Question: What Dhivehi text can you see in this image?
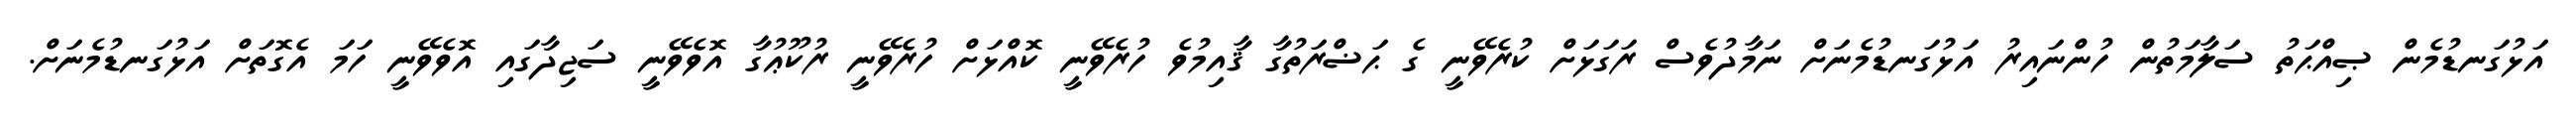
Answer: އަޅުގަނޑުމެން ޞިއްޙަތު ސަލާމަތުން ހުންނައިރު އަޅުގަނޑުމެނަށް ނަމާދުވެސް ރަގަޅަށް ކުރެވޭނީ ގެ ޙަޟްރަތުގާ ޤާއިމުވެ ހުރެވޭނީ ކޮއްޅަށް ހުރެވޭނީ ރުކޫޢުގާ އޮވެވޭނީ ސަޖިދާގައި އޮވެވޭނީ ހަމަ އެގޮތަށް އަޅުގަނޑުމެނަށް.